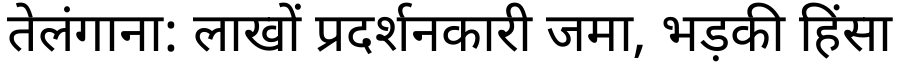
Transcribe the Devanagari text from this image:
तेलंगाना: लाखों प्रदर्शनकारी जमा, भड़की हिंसा